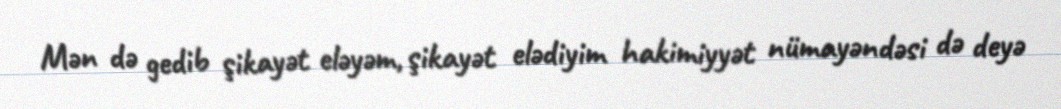
Mən də gedib şikayət eləyəm, şikayət elədiyim hakimiyyət nümayəndəsi də deyə